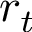
r _ { t }